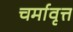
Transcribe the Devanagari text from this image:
चर्मावृत्त